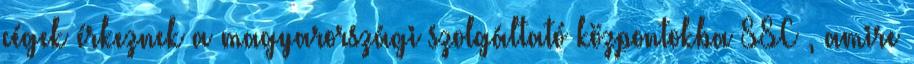
cégek érkeznek a magyarországi szolgáltató központokba SSC , amire